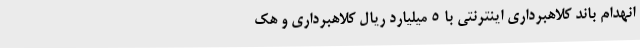
انهدام باند کلاهبرداری اینترنتی با ۵ میلیارد ریال کلاهبرداری و هک